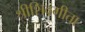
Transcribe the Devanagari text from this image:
श्रीशिवगीता